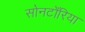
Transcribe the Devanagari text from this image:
सोनटोँरिया